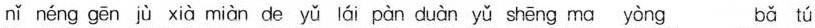
nǐ néng gēn jù xià miàn de yǔ lái pàn duàn yǔ shēng ma yòng bǎ tú